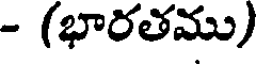
- (భారతము)